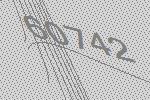
60742